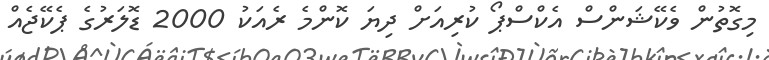
މިގޮތުން ވެކޭޝަންސް އެކްސްޕޯ ކުރިއަށް ދިޔަ ކޮންމެ ރެއަކު 2000 ޑޮލަރުގެ ޕެކޭޖެއް